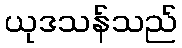
ယုဒသန်သည်